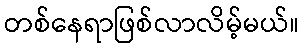
တစ်နေရာဖြစ်လာလိမ့်မယ်။